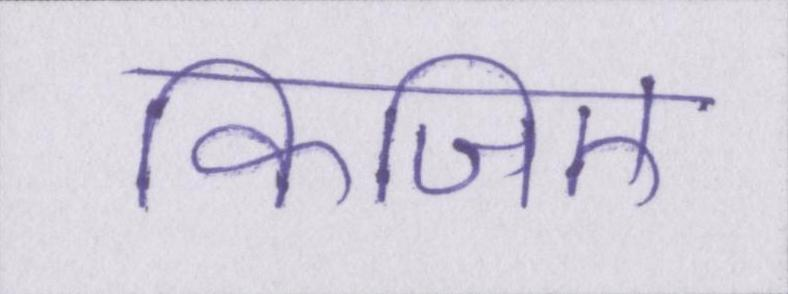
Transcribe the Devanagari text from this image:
किजिए